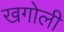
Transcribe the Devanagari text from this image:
खगोली